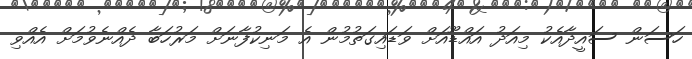
ހަސަން ސައީދާއެކު މިއަދު އައްޑޫއަށް ވަޑައިގަތުމުން އެ މަނިކުފާނަށް މަރުހަބާ ދެއްނެވުމަށް އެއްވި